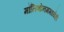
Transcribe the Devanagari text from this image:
मॉलिब्डेनममध्येही